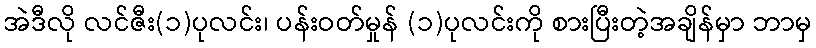
အဲဒီလို လင်ဇီး(၁)ပုလင်း၊ ပန်းဝတ်မှုန် (၁)ပုလင်းကို စားပြီးတဲ့အချိန်မှာ ဘာမှ